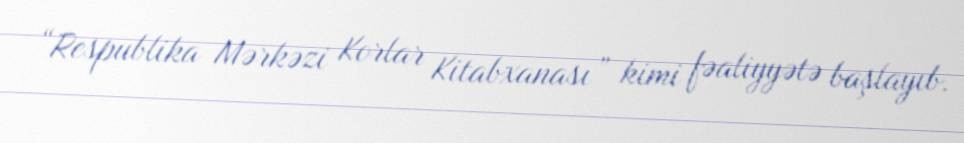
“Respublika Mərkəzi Korlar Kitabxanası” kimi fəaliyyətə başlayıb.